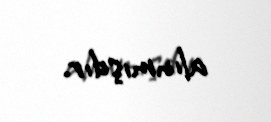
alınmışdır.